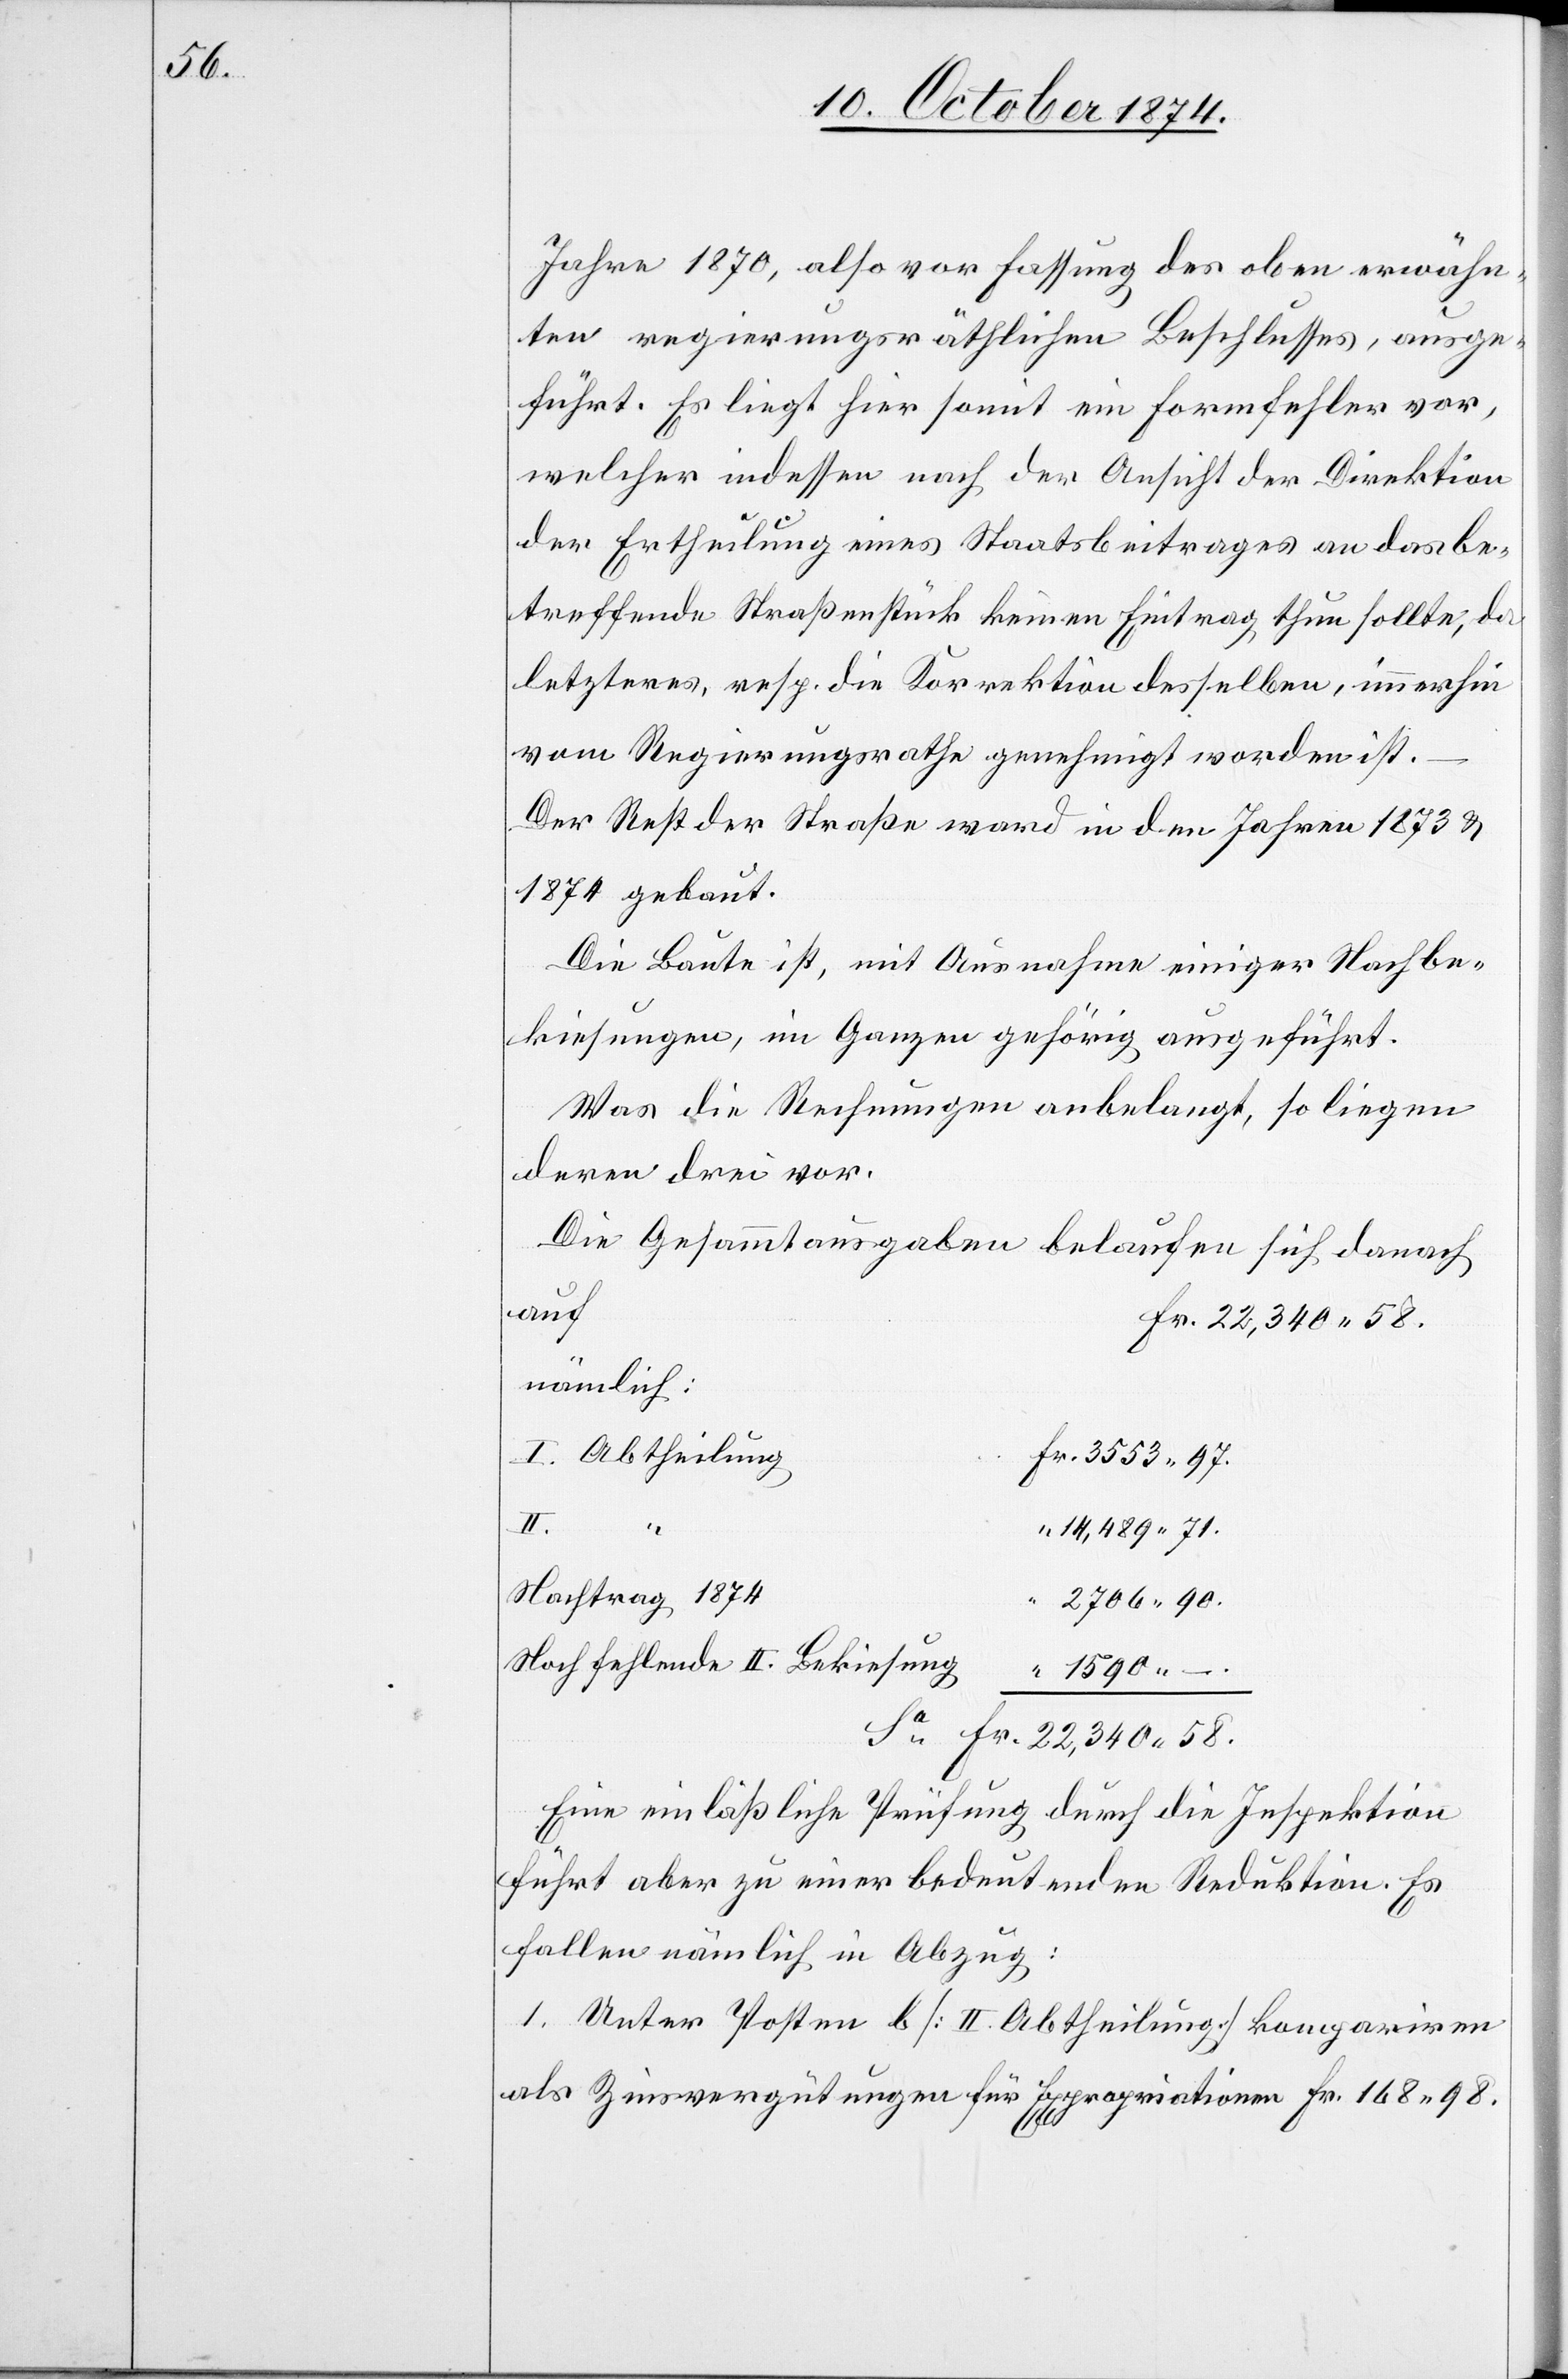
58.

Jahre 1870, also vor Fassung des oben erwähn¬
ten regierungsräthlichen Beschlusses, ausge¬
führt. Es liegt hier somit ein Formfehler vor,
welcher indessen nach der Ansicht der Direktion
der Ertheilung eines Staatsbeitrages an das be¬
treffende Straßenstück keinen Eintrag thun sollte, da
letzteres, resp. die Korrektion desselben, immerhin
vom Regierungsrathe genehmigt worden ist.
–
Der Rest der Straße ward in den Jahren 1873 &
1874 gebaut.
Die Baute ist, mit Ausnahme einiger Nachbe¬
kiesungen, im Ganzen gehörig ausgeführt.
Was die Rechnungen anbelangt, so liegen
deren drei vor.
Die Gesammtausgaben belaufen sich danach
nämlich:
I. Abtheilung
Fr.
Nachtrag 1874
Noch fehlende II. Bekiesung
1590.
Eine einläßliche Prüfung durch die Inspektion
führt aber zu einer bedeutenden Reduktion. Es
fallen nämlich in Abzug:
1. Unter Posten b [II. Abtheilung] kompariren
als Zinsvergütungen für Expropriationen Fr. 168.98.